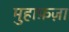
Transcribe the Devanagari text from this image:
मुहाफ़ज़ा